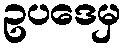
ဥပဒေမှ